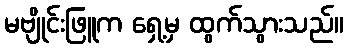
မဗျိုင်းဖြူက ရှေ့မှ ထွက်သွားသည်။